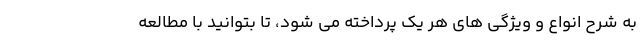
به شرح انواع و ویژگی های هر یک پرداخته می شود، تا بتوانید با مطالعه